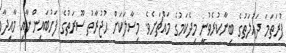
ފުރަތަމަ ދައުލަތުގެ ބިނާކުރެވުނީ މިދެކަމުގެ މައްޗަށެވެ. މިސާލަކަށް ޙުޖުރާތު ސޫރަތުގެ ފަހުބައިންނާއި މާއިދާ